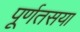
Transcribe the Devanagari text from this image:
पूर्णतसया